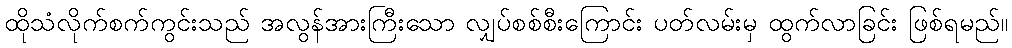
ထိုသံလိုက်စက်ကွင်းသည် အလွန်အားကြီးသော လျှပ်စစ်စီးကြောင်း ပတ်လမ်းမှ ထွက်လာခြင်း ဖြစ်ရမည်။